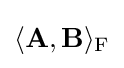
\langle \mathbf {A} ,\mathbf {B} \rangle _{\mathrm {F} }